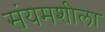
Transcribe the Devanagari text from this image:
संयमशीला